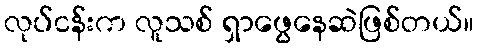
လုပ်ငန်းက လူသစ် ရှာဖွေနေဆဲဖြစ်တယ်။